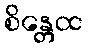
စိန္တေထ